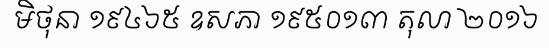
មិថុនា ១៩៤៦៥ ឧសភា ១៩៥០១៣ តុលា ២០១៦